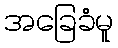
အခြေခံမူ